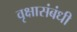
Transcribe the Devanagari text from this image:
वृक्षासंबंधी